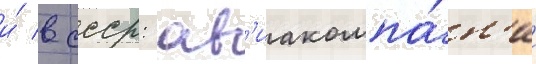
и́ в ссср: ав'иакомпа́н'ии